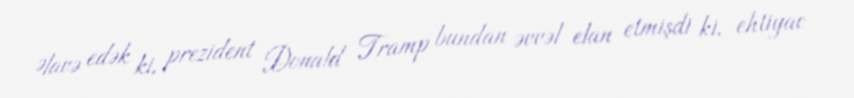
Əlavə edək ki, prezident Donald Tramp bundan əvvəl elan etmişdi ki, ehtiyac